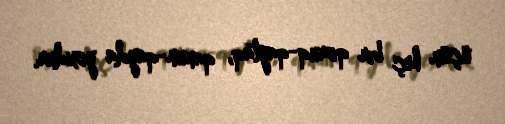
üçün heç bir qoruq-qaytaq, qanun-qayda yoxdur.